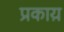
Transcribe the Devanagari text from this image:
प्रकाय़